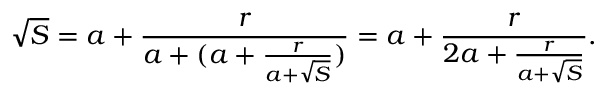
{ \sqrt { S } } = a + { \frac { r } { a + ( a + { \frac { r } { a + { \sqrt { S } } } } ) } } = a + { \frac { r } { 2 a + { \frac { r } { a + { \sqrt { S } } } } } } .